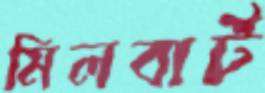
মিলবার্ট